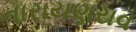
નારાયણરાવ